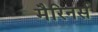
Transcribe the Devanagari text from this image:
मैरिनर्स